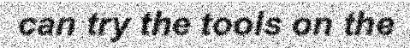
can try the tools on the